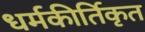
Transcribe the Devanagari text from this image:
धर्मकीर्तिकृत